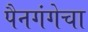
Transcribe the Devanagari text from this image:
पैनगंगेचा